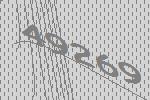
49269